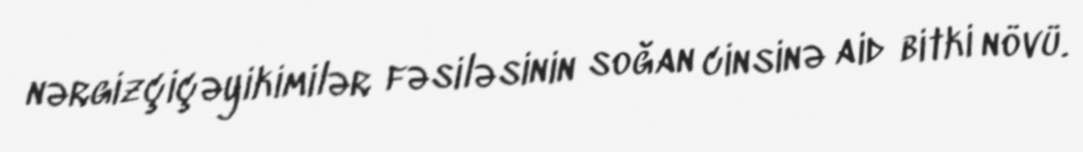
nərgizçiçəyikimilər fəsiləsinin soğan cinsinə aid bitki növü.